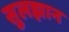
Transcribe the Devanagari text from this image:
सुलझान